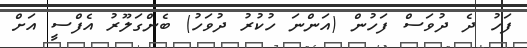
ފަހު ދެ ދުވަސް ފަހުން (އަންނަ ހުކުރު ދުވަހު) ބެންގަލޫރު އެފްސީ އަށް